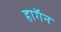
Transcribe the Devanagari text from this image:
हाॅगन